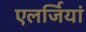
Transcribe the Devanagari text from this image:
एलर्जियां